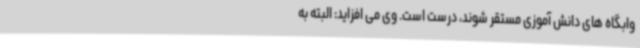
وابگاه های دانش آموزی مستقر شوند، درست است. وی می افزاید: البته به